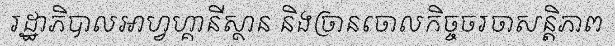
រដ្ឋាភិបាលអាហ្វហ្គានីស្ថាន និងច្រានចោលកិច្ចចរចាសន្តិភាព